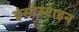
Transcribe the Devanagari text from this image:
इंस्टेस्टाइन